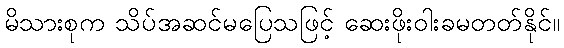
မိသားစုက သိပ်အဆင်မပြေသဖြင့် ဆေးဖိုးဝါးခမတတ်နိုင်။